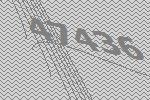
47436